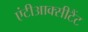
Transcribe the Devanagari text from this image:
एंटीआक्सीटैंट